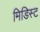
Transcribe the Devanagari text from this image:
मिडिस्ट